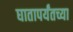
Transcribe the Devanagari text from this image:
घातापर्यंतच्या